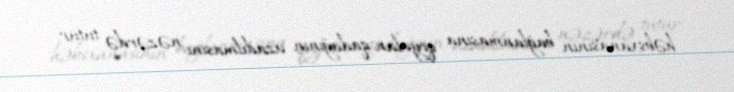
həbsxanasının bağlanmasına qoyulan qadağının uzadılmasını nəzərdə tutur.